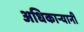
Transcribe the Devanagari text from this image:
अधिकाऱ्यानी